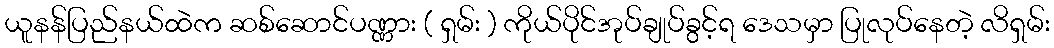
ယူနန်ပြည်နယ်ထဲက ဆစ်ဆောင်ပဏ္ဏား ( ရှမ်း ) ကိုယ်ပိုင်အုပ်ချုပ်ခွင့်ရ ဒေသမှာ ပြုလုပ်နေတဲ့ လိရှမ်း